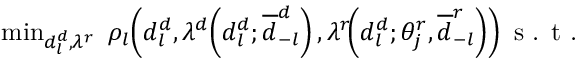
\begin{array} { r l } & { \! \! \! \operatorname* { m i n } _ { d _ { l } ^ { d } , \lambda ^ { r } } \ \rho _ { l } \! \left( d _ { l } ^ { d } , \lambda ^ { d } \! \left( d _ { l } ^ { d } ; \overline { { d } } _ { - l } ^ { d } \right) , \lambda ^ { r } \! \! \left( d _ { l } ^ { d } ; \theta _ { j } ^ { r } , \overline { { d } } _ { - l } ^ { r } \right) \right) \textrm { s . t . } } \end{array}